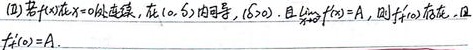
(2) 若$f(x)$在$x = 0$处连续，在$(0,\delta)$内可导（$\delta>0$），且$\lim_{x \to 0^{+}}f'(x)=A$，则$f_{+}'(0)$存在，且$f_{+}'(0)=A$。